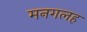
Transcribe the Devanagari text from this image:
मनगलह